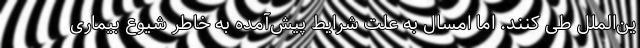
ین‌الملل طی کنند. اما امسال به علت شرایط پیش‌آمده به خاطر شیوع بیماری